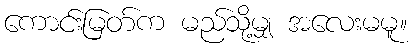
ကောင်းမြတ်က မည်သို့မျှ အလေးမမူ။